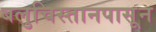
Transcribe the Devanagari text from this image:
बलुचिस्तानपासून